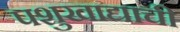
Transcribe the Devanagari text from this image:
पशुखाद्याची